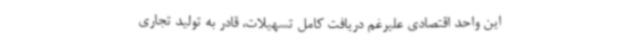
این واحد اقتصادی علیرغم دریافت کامل تسهیلات، قادر به تولید تجاری